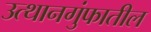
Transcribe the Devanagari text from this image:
उत्थानगुंफातील